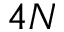
4 N